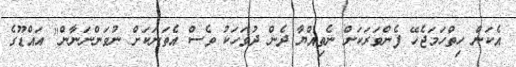
އެކަން ހިތްހަމަޖެހޭ ފެންވަރަކަށް ނެތިއްޔާ ދެން ދުވަހަކު ވެސް އެތަނަކަށް ނުވަންނަނާން" އައްޑޫގެ